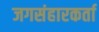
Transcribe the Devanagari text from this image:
जगसंहारकर्ता